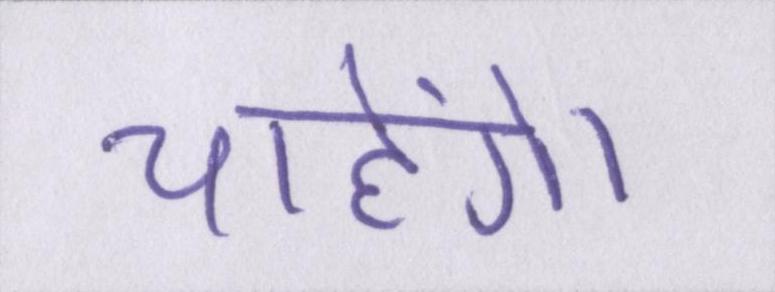
चाहेंगे।